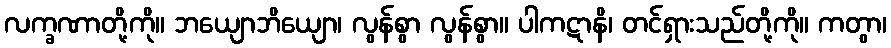
လက္ခဏာတို့ကို။ ဘယျောဘိယျော၊ လွန်စွာ လွန်စွာ။ ပါကဋာနိ၊ တင်ရှားသည်တို့ကို။ ကတွာ၊